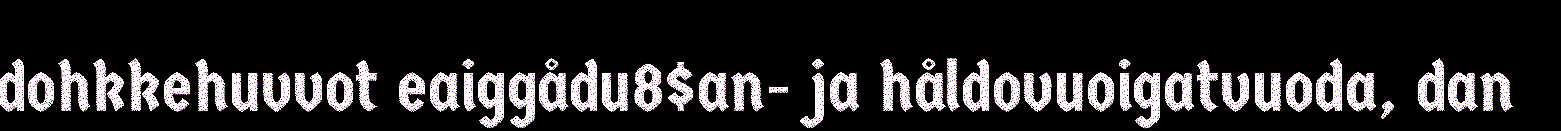
dohkkehuvvot eaiggådu8$an- ja håldovuoigatvuoda, dan